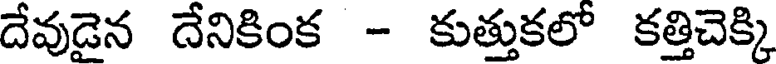
దేవుడైన దేనికింక - కుత్తుకలో కత్తిచెక్కి